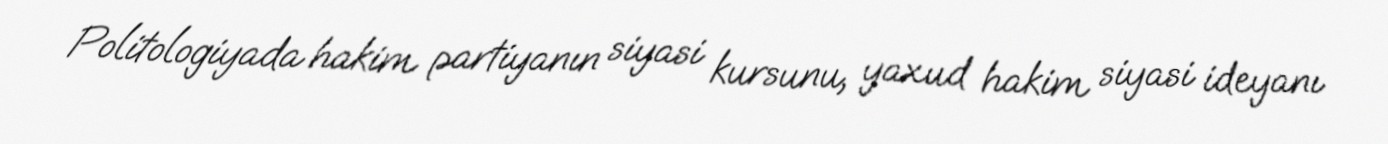
Politologiyada hakim partiyanın siyasi kursunu, yaxud hakim siyasi ideyanı